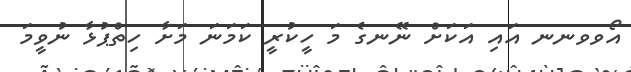
އޯވވނނ އައި އަކަށް ނޭނގެ މަ ހީކުރީ ކަމަނަ މަށާ ހިތްޕުޅާ ނުވީމަ